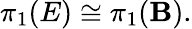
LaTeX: \pi_{1}(E)\cong\pi_{1}(\mathbf{B}).